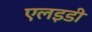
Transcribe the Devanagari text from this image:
एलइडी